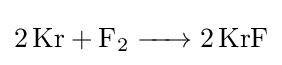
{\ce {2Kr + F2 -> 2KrF}}